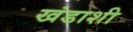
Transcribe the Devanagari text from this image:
खंडाशी